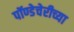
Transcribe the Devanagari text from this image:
पॉण्डेचेरीच्या